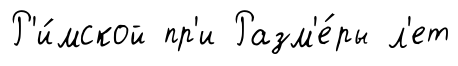
Р'и́мской пр'и Разм'е́ры л'ет